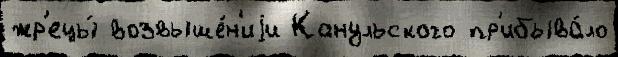
жр'ецы́ возвыше́н'иjи Канульского пр'ибыва́ло